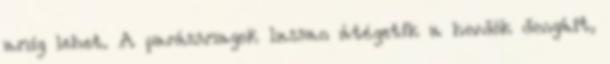
amíg lehet. A parázsmagok lassan átégetik a hordók dongáit,